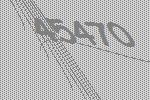
45470